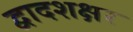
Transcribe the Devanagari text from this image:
द्वादशक्षर